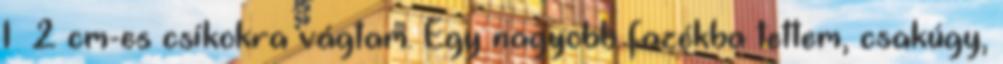
1 2 cm-es csíkokra vágtam. Egy nagyobb fazékba tettem, csakúgy,